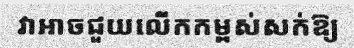
វាអាចជួយលើកកម្ពស់សក់ឱ្យ